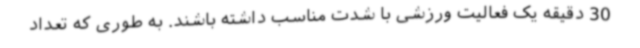
30 دقیقه یک فعالیت ورزشی با شدت مناسب داشته باشند. به طوری که تعداد